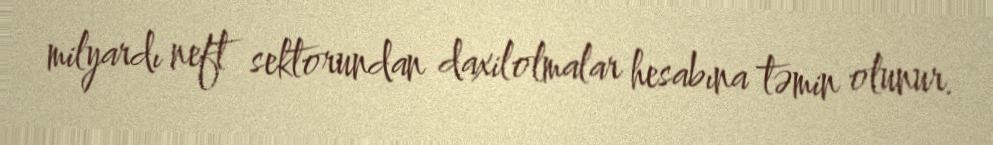
milyardı neft sektorundan daxilolmalar hesabına təmin olunur.